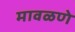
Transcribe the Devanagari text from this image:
मावळणे